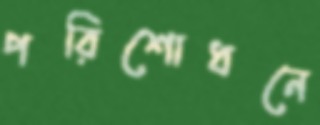
পরিশোধনে